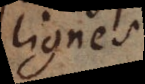
lignes